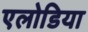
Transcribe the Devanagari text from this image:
एलोडिया